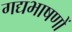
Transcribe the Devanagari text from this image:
गद्यभाषणों